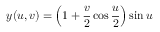
y ( u , v ) = \left( 1 + { \frac { v } { 2 } } \cos { \frac { u } { 2 } } \right) \sin u